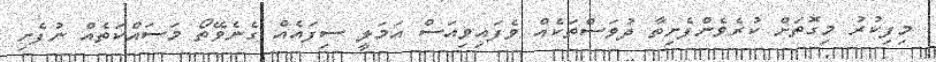
މިފިކުރު މިގޮތަށް ކުރެވެންފެށިތާ ދުވަސްތަކެއް ވެފައިވިއަސް އަމަލީ ސިފައެއް ގެނެވޭތޯ މަސައްކަތެއް ނުފެށި